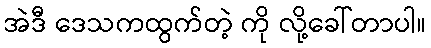
အဲဒီ ဒေသကထွက်တဲ့ ကို လို့ခေါ်တာပါ။